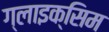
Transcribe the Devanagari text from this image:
ग्लाइक्सिम